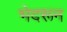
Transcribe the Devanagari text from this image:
भेदरून